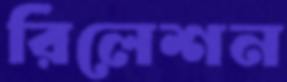
রিলেশন